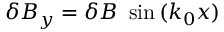
\delta B _ { y } = \delta B \ \sin { ( k _ { 0 } x ) }